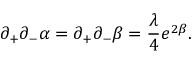
\partial _ { + } \partial _ { - } \alpha = \partial _ { + } \partial _ { - } \beta = \frac { \lambda } { 4 } e ^ { 2 \beta } .